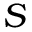
S